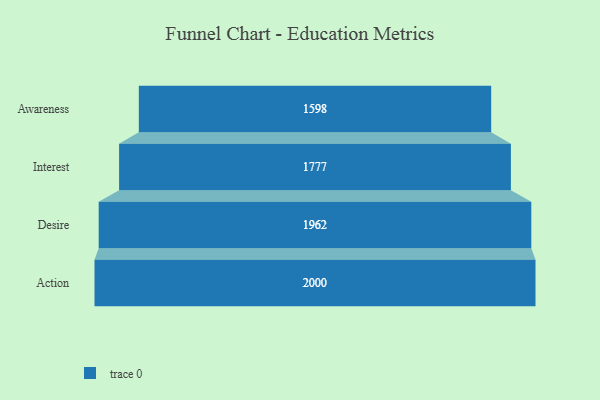
{"axis": {"x": "Stage", "y": "Value"}, "legend": [""], "data": [{"x": "Awareness", "y": 1598.0, "type": ""}, {"x": "Interest", "y": 1777.0, "type": ""}, {"x": "Desire", "y": 1962.0, "type": ""}, {"x": "Action", "y": 2000, "type": ""}]}